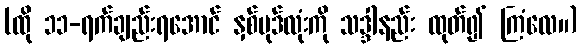
(ထို ၁၁-ရက်ချည်းရအောင် နှစ်ပုဒ်လုံးကို သဒ္ဒါနည်း ထုတ်၍ ကြံလေ။)